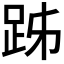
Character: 𧿲